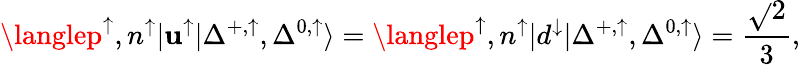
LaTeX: \langlep^{\uparrow},n^{\uparrow}|\mathbf{u}^{\uparrow}|\Delta^{+,\uparrow},\Delta^{0,\uparrow}\rangle=\langlep^{\uparrow},n^{\uparrow}|d^{\downarrow}|\Delta^{+,\uparrow},\Delta^{0,\uparrow}\rangle=\frac{{\sqrt{}{{2}}}}{{3}},